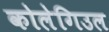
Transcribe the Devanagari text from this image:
कोलेगिउल